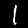
Digit: 1